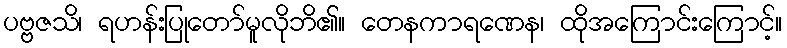
ပဗ္ဗဇသိ၊ ရဟန်းပြုတော်မူလိုဘိ၏။ တေနကာရဏေန၊ ထိုအကြောင်းကြောင့်။